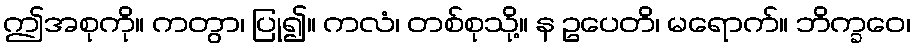
ဤအစုကို။ ကတွာ၊ ပြု၍။ ကလံ၊ တစ်စုသို့။ န ဥပေတိ၊ မရောက်။ ဘိက္ခဝေ၊